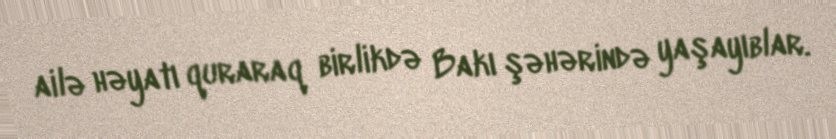
ailə həyatı quraraq birlikdə Bakı şəhərində yaşayıblar.